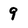
Character: 9